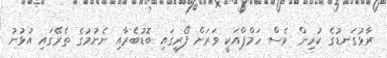
ރާޅުގަނޑުގެ ކުރިން ވެސް ހަމްޕްއަކީ ވަރަށް ފޯރީގައި ބޮޑުބެރާއި ނެށުމުގެ ތެރޭގައި އުޅުނު